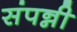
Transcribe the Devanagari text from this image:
संपन्नी